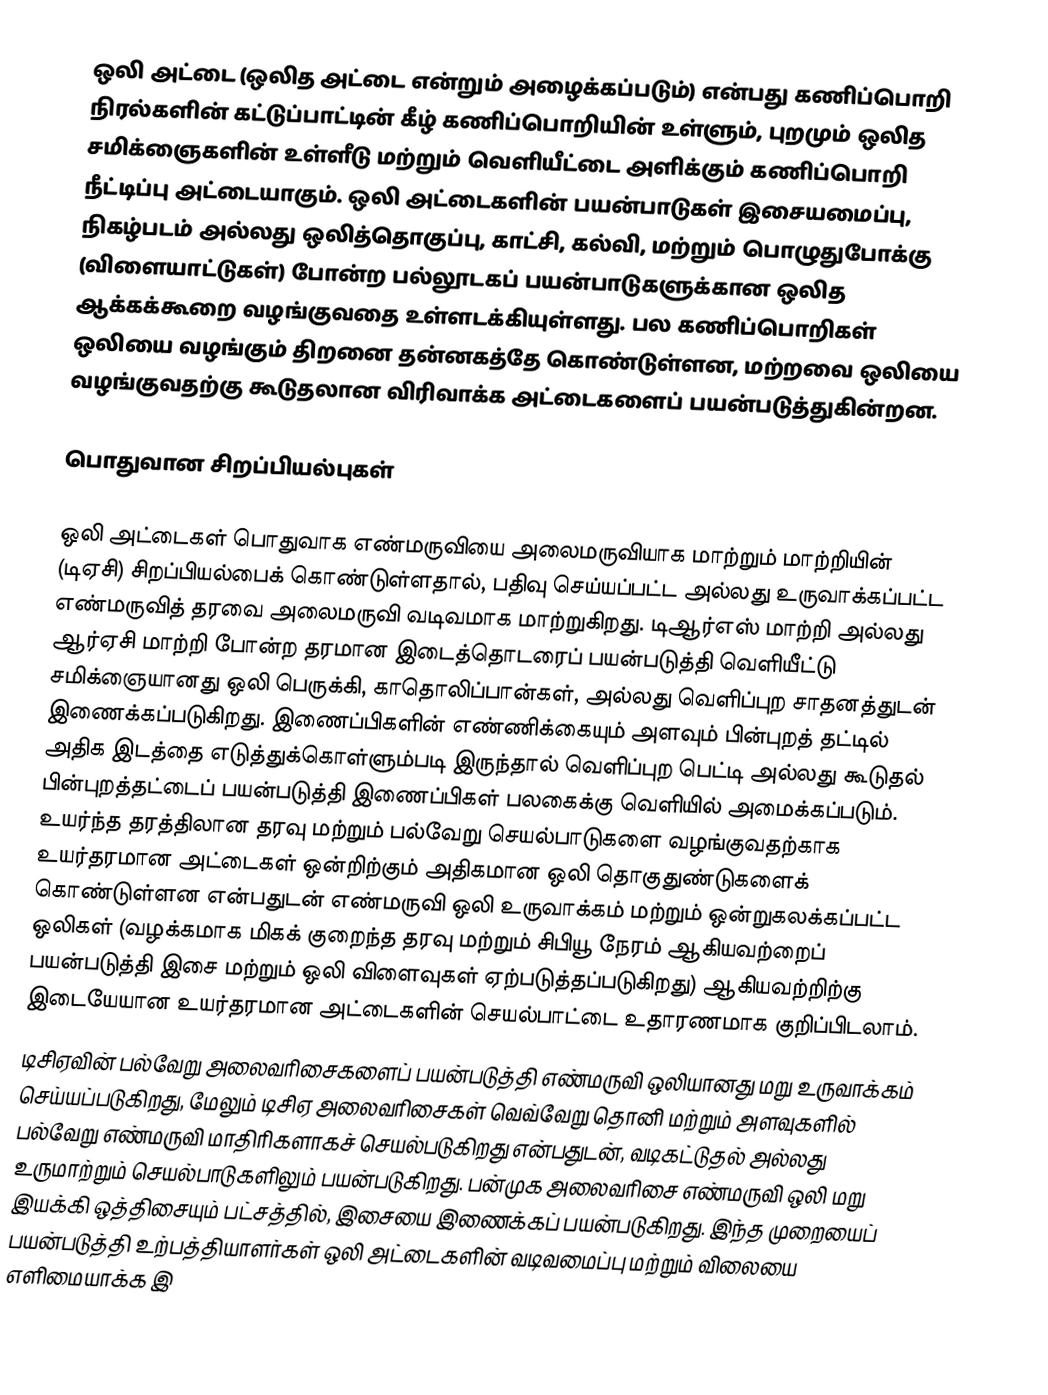
ஒலி அட்டை (ஒலித அட்டை என்றும் அழைக்கப்படும்) என்பது கணிப்பொறி நிரல்களின் கட்டுப்பாட்டின் கீழ் கணிப்பொறியின் உள்ளும், புறமும் ஒலித சமிக்ஞைகளின் உள்ளீடு மற்றும் வெளியீட்டை அளிக்கும் கணிப்பொறி நீட்டிப்பு அட்டையாகும். ஒலி அட்டைகளின் பயன்பாடுகள் இசையமைப்பு, நிகழ்படம் அல்லது ஒலித்தொகுப்பு, காட்சி, கல்வி, மற்றும் பொழுதுபோக்கு (விளையாட்டுகள்) போன்ற பல்லூடகப் பயன்பாடுகளுக்கான ஒலித ஆக்கக்கூறை வழங்குவதை உள்ளடக்கியுள்ளது. பல கணிப்பொறிகள் ஒலியை வழங்கும் திறனை தன்னகத்தே கொண்டுள்ளன, மற்றவை ஒலியை வழங்குவதற்கு கூடுதலான விரிவாக்க அட்டைகளைப் பயன்படுத்துகின்றன.

பொதுவான சிறப்பியல்புகள்

ஒலி அட்டைகள் பொதுவாக எண்மருவியை அலைமருவியாக மாற்றும் மாற்றியின் (டிஏசி) சிறப்பியல்பைக் கொண்டுள்ளதால், பதிவு செய்யப்பட்ட அல்லது உருவாக்கப்பட்ட எண்மருவித் தரவை அலைமருவி வடிவமாக மாற்றுகிறது. டிஆர்எஸ் மாற்றி அல்லது ஆர்ஏசி மாற்றி போன்ற தரமான இடைத்தொடரைப் பயன்படுத்தி வெளியீட்டு சமிக்ஞையானது ஒலி பெருக்கி, காதொலிப்பான்கள், அல்லது வெளிப்புற சாதனத்துடன் இணைக்கப்படுகிறது. இணைப்பிகளின் எண்ணிக்கையும் அளவும் பின்புறத் தட்டில் அதிக இடத்தை எடுத்துக்கொள்ளும்படி இருந்தால் வெளிப்புற பெட்டி அல்லது கூடுதல் பின்புறத்தட்டைப் பயன்படுத்தி இணைப்பிகள் பலகைக்கு வெளியில் அமைக்கப்படும். உயர்ந்த தரத்திலான தரவு மற்றும் பல்வேறு செயல்பாடுகளை வழங்குவதற்காக உயர்தரமான அட்டைகள் ஒன்றிற்கும் அதிகமான ஒலி தொகுதுண்டுகளைக் கொண்டுள்ளன என்பதுடன் எண்மருவி ஒலி உருவாக்கம் மற்றும் ஒன்றுகலக்கப்பட்ட ஒலிகள் (வழக்கமாக மிகக் குறைந்த தரவு மற்றும் சிபியூ நேரம் ஆகியவற்றைப் பயன்படுத்தி இசை மற்றும் ஒலி விளைவுகள் ஏற்படுத்தப்படுகிறது) ஆகியவற்றிற்கு இடையேயான உயர்தரமான அட்டைகளின் செயல்பாட்டை உதாரணமாக குறிப்பிடலாம்.
டிசிஏவின் பல்வேறு அலைவரிசைகளைப் பயன்படுத்தி எண்மருவி ஒலியானது மறு உருவாக்கம் செய்யப்படுகிறது, மேலும் டிசிஏ அலைவரிசைகள் வெவ்வேறு தொனி மற்றும் அளவுகளில் பல்வேறு எண்மருவி மாதிரிகளாகச் செயல்படுகிறது என்பதுடன், வடிகட்டுதல் அல்லது உருமாற்றும் செயல்பாடுகளிலும் பயன்படுகிறது. பன்முக அலைவரிசை எண்மருவி ஒலி மறு இயக்கி ஒத்திசையும் பட்சத்தில், இசையை இணைக்கப் பயன்படுகிறது. இந்த முறையைப் பயன்படுத்தி உற்பத்தியாளர்கள் ஒலி அட்டைகளின் வடிவமைப்பு மற்றும் விலையை எளிமையாக்க இ